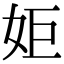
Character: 姖